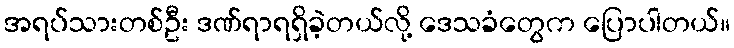
အရပ်သားတစ်ဦး ဒဏ်ရာရရှိခဲ့တယ်လို့ ဒေသခံတွေက ပြောပါတယ်။